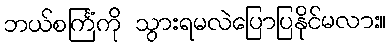
ဘယ်စင်္ကြံကို သွားရမလဲပြောပြနိုင်မလား။